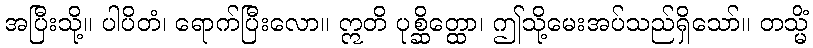
အပြီးသို့။ ပါပိတံ၊ ရောက်ပြီးလော။ ဣတိ ပုစ္ဆိတ္ထော၊ ဤသို့မေးအပ်သည်ရှိသော်။ တသ္မိံ